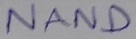
Text: NAND